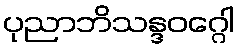
ပုညာဘိသန္ဒဝဂ္ဂေါ